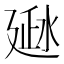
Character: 𰜂